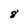
Character: 8